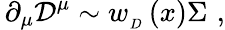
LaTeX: \, \partial_{\mu}{\cal D}^{\mu}\sim w_{_D}\left(x\right)\Sigma\, \, ,